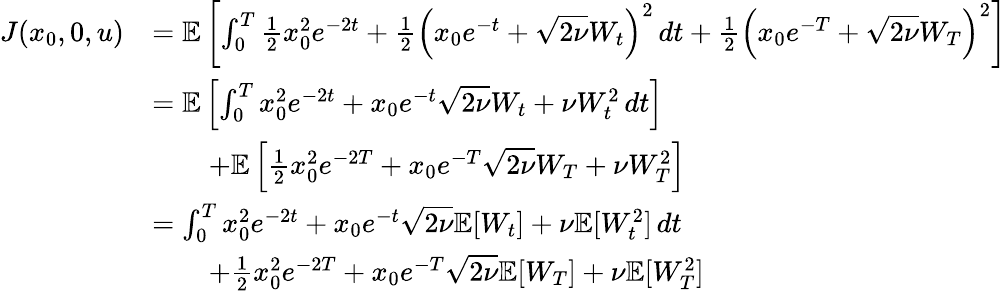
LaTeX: \begin{array}{rl}{J(x_{0},0,u)}&{=\mathbb{E}\left[\int_{0}^{T}\frac{1}{2}x_{0}^{2}e^{-2t}+\frac{1}{2}\left(x_{0}e^{-t}+\sqrt{2\nu}W_{t}\right)^{2}\, dt+\frac{1}{2}\left(x_{0}e^{-T}+\sqrt{2\nu}W_{T}\right)^{2}\right]}\\ &{=\mathbb{E}\left[\int_{0}^{T}x_{0}^{2}e^{-2t}+x_{0}e^{-t}\sqrt{2\nu}W_{t}+\nu W_{t}^{2}\, dt\right]}\\ &{\qquad+\mathbb{E}\left[\frac{1}{2}x_{0}^{2}e^{-2T}+x_{0}e^{-T}\sqrt{2\nu}W_{T}+\nu W_{T}^{2}\right]}\\ &{=\int_{0}^{T}x_{0}^{2}e^{-2t}+x_{0}e^{-t}\sqrt{2\nu}\mathbb{E}[W_{t}]+\nu\mathbb{E}[W_{t}^{2}]\, dt}\\ &{\qquad+\frac{1}{2}x_{0}^{2}e^{-2T}+x_{0}e^{-T}\sqrt{2\nu}\mathbb{E}[W_{T}]+\nu\mathbb{E}[W_{T}^{2}]}\end{array}